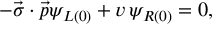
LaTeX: - \vec { \sigma } \cdot \vec { p } \psi _ { L ( 0 ) } + v \, \psi _ { R ( 0 ) } = 0 ,